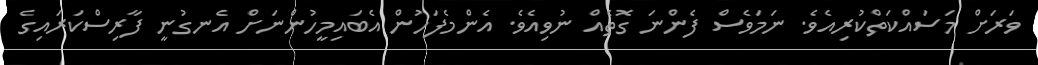
ވަރަށް މަސައްކަތްކުރިއެވެ. ނަމަވެސް ފެންނަ ގޮތެއް ނުވިއެވެ. އެންމެފަހުން އެބައިމީހުންނަށް އެނގުނީ ފާރިސްކަރައިގެ